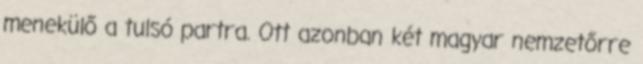
menekülő a tulsó partra. Ott azonban két magyar nemzetőrre